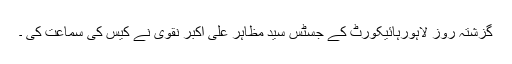
گزشتہ روز لاہورہائیکورٹ کے جسٹس سید مظاہر علی اکبر نقوی نے کیس کی سماعت کی ۔